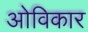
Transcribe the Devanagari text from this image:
ओविकार